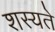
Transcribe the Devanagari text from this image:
शस्यते